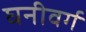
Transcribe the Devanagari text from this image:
घनीवर्ग